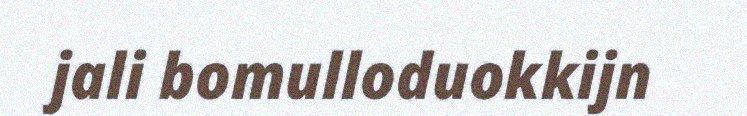
jali bomulloduokkijn